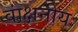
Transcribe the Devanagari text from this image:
वांक्षनीय